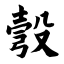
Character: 彀